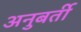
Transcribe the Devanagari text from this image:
अनुबर्ती